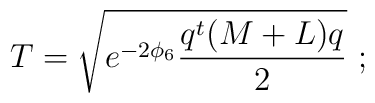
T=\sqrt{e^{-2\phi_6} \frac{q^t (M+L) q}{2}}\ ;